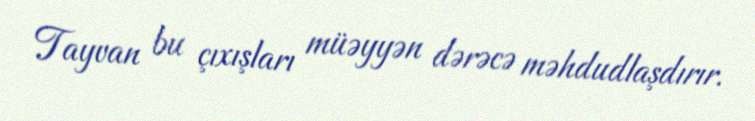
Tayvan bu çıxışları müəyyən dərəcə məhdudlaşdırır.